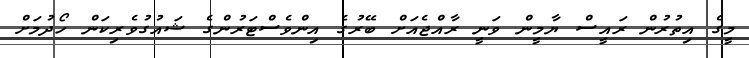
މީގެ އިތުރުން ރައީސް ޔާމީން ވަނީ ރާއްޖެއަށް ބޭރުގެ އިންވެސްޓަރުންގެ ޝައުގުވެރިކަން ހޯދުމަށް